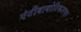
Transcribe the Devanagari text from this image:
एंटीबायोटिकउपचार